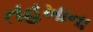
તહખાના